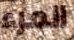
المرء